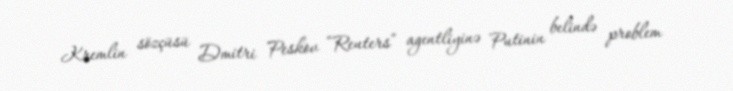
Kremlin sözçüsü Dmitri Peskov “Reuters” agentliyinə Putinin belində problem